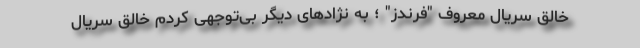
خالق سریال معروف "فرندز" ؛ به نژادهای دیگر بی‌توجهی کردم خالق سریال